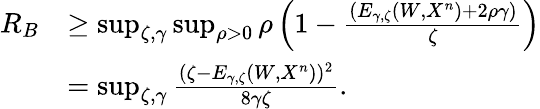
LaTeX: \begin{array}{rl}{R_{B}}&{\geq\operatorname*{sup}_{\zeta,\gamma}\operatorname*{sup}_{\rho>0}\rho\left(1-\frac{\left(E_{\gamma,\zeta}(W,X^{n})+2\rho\gamma\right)}{\zeta}\right)}\\ &{=\operatorname*{sup}_{\zeta,\gamma}\frac{(\zeta-E_{\gamma,\zeta}(W,X^{n}))^{2}}{8\gamma\zeta}.}\end{array}